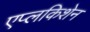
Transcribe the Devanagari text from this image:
एप्लकिशेन